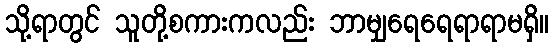
သို့ရာတွင် သူတို့စကားကလည်း ဘာမျှရေရေရာရာမရှိ။